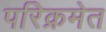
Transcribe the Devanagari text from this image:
परिक्रमेत